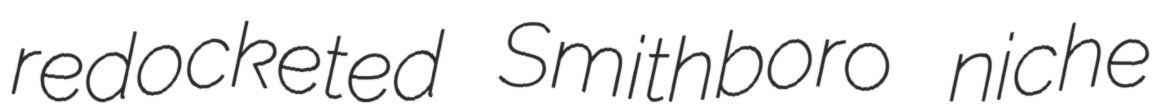
redocketed Smithboro niche